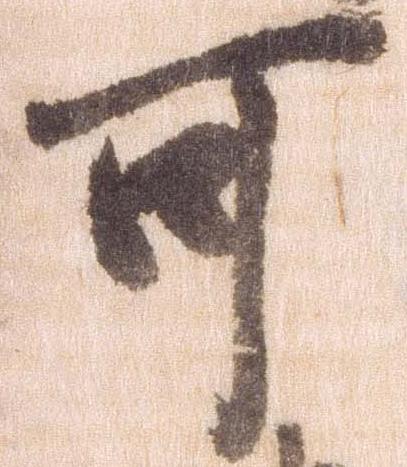
可